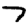
Digit: 7